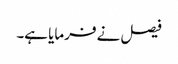
فیصل نے فرمایا ہے۔